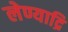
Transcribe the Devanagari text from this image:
लेण्याद्रि